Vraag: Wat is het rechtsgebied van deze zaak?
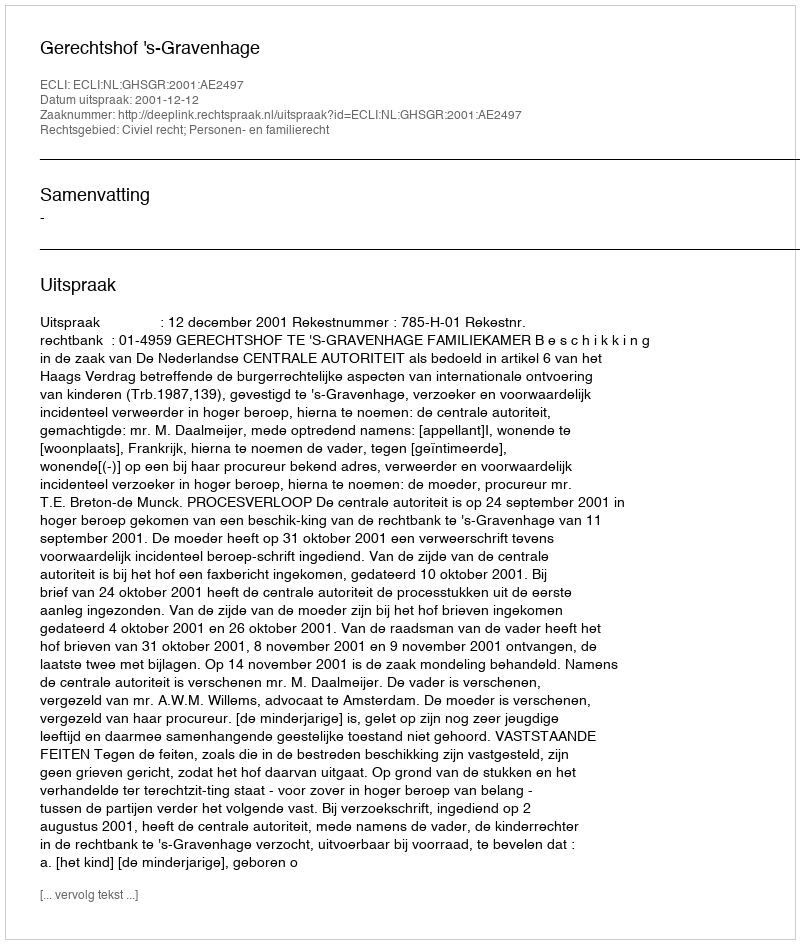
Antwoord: Civiel recht; Personen- en familierecht